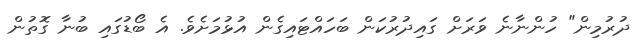
ދުރުމިން" ހުންނާނެ ވަރަށް ގައިދުރުކަން ބަހައްޓައިގެން އުޅުމަށެވެ. އެ ބޯޑުގައި ބުނާ ގޮތުން